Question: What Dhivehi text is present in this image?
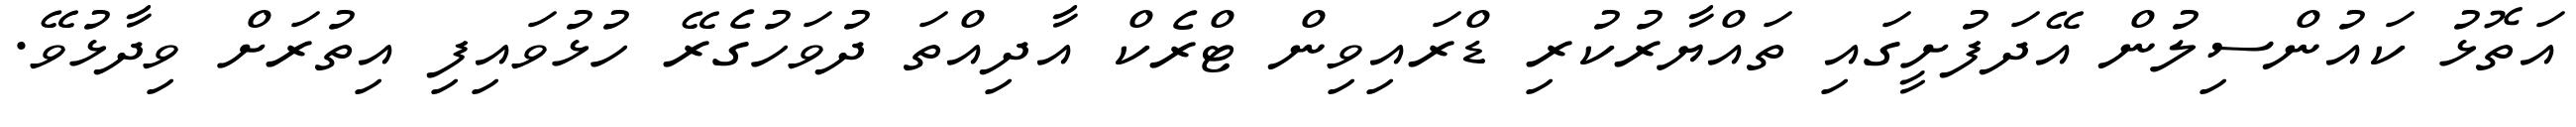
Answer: އަތޮޅު ކައުންސިލުން އޭދަފުށީގައި ތައްޔާރުކުރި ޑްރައިވިން ޓްރެކް އާދިއްތަ ދުވަހުގެރޭ ހުޅުވައިފި އިތުރަށް ވިދާޅުވޭ.